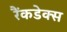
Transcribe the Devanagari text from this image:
रैंकडेक्स